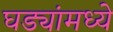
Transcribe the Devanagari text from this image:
घड्यांमध्ये